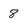
Character: 8